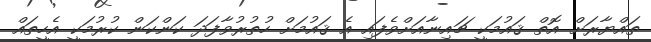
ތައްޔާރަށް އޮތް ޤައުމަކީ ޗައިނާއަށްވެފައި އެ ޤައުމަށް ހުތުރުވާފަދަ ކަންކަން ކުރުމަކީ އެހީތައް